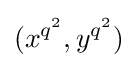
(x^{q^{2}},y^{q^{2}})